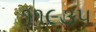
૧૧૯૩૫